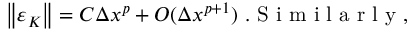
\left\| \varepsilon _ { K } \right\| = C \Delta x ^ { p } + O ( \Delta x ^ { p + 1 } ) \mathrm { ~ . ~ S ~ i ~ m ~ i ~ l ~ a ~ r ~ l ~ y ~ , ~ }